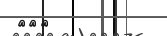
١٥٦